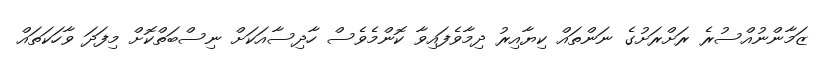
ޒަމާންނުއްސުރެ ރަށްރަށުގެ ނަންތައް ކިޔާއިރު ދިމާވެފައިވާ ކޮންމެވެސް ހާދިސާއަކަށް ނިސްބަތްކޮށް މިފަދަ ވާހަކަތައް